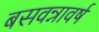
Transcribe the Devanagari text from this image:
बसवन्नावर्ष